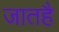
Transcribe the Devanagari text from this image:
जातहै